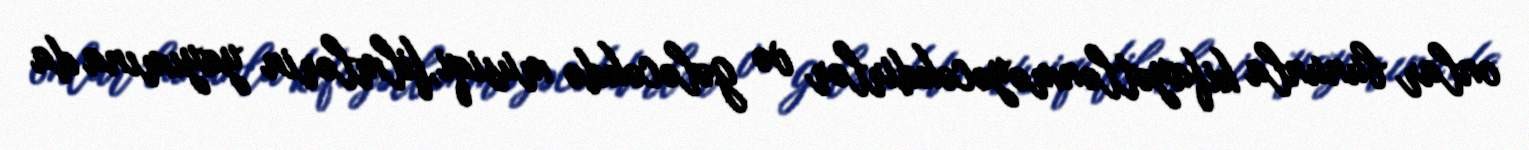
onlar bununla kifayətlənməyəcəkdirlər və gələcəkdə musiqi,filmlərin yayımına da